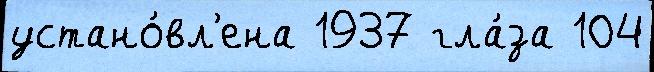
устано́вл'ена 1937 гла́за 104